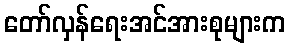
တော်လှန်ရေးအင်အားစုများက